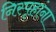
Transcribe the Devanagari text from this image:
निस्पृहांना